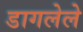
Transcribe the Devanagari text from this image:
डागलेले